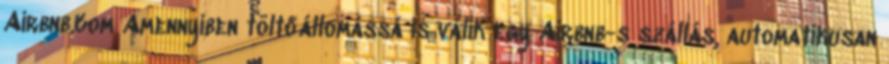
Airbnb.com Amennyiben töltőállomássá is válik egy Airbnb-s szállás, automatikusan